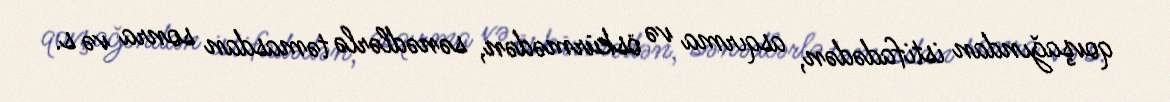
qovşağından istifadədən, asqırma və öskürmədən, sənədlərlə təmasdan sonra və s.